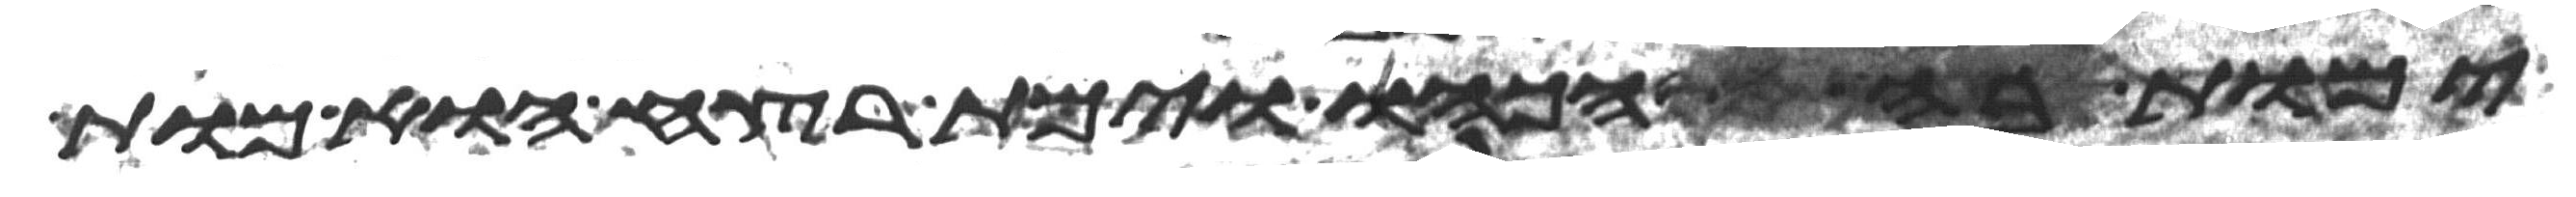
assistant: ימות בו הכהו וימת רצח הוא מות